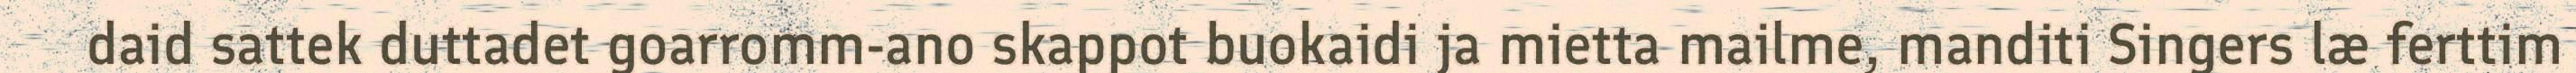
daid sattek duttadet goarromm-ano skappot buokaidi ja mietta mailme, manditi Singers læ ferttim